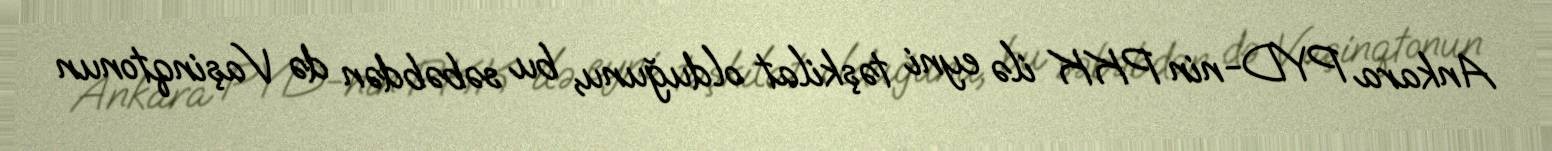
Ankara PYD-nin PKK ilə eyni təşkilat olduğunu, bu səbəbdən də Vaşinqtonun